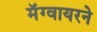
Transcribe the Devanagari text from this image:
मॅग्वायरने